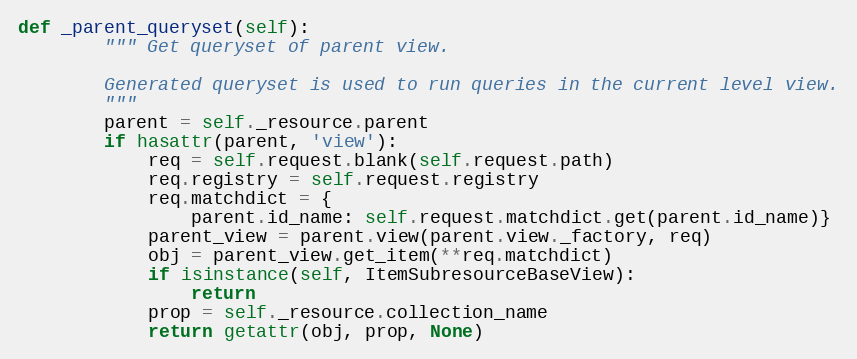
Language: Python
def _parent_queryset(self):
        """ Get queryset of parent view.

        Generated queryset is used to run queries in the current level view.
        """
        parent = self._resource.parent
        if hasattr(parent, 'view'):
            req = self.request.blank(self.request.path)
            req.registry = self.request.registry
            req.matchdict = {
                parent.id_name: self.request.matchdict.get(parent.id_name)}
            parent_view = parent.view(parent.view._factory, req)
            obj = parent_view.get_item(**req.matchdict)
            if isinstance(self, ItemSubresourceBaseView):
                return
            prop = self._resource.collection_name
            return getattr(obj, prop, None)